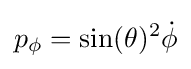
p_{\phi }=\sin(\theta )^{2}{\dot {\phi }}